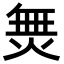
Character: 𭴿